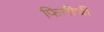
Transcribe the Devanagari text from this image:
फितीची